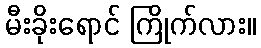
မီးခိုးရောင် ကြိုက်လား။